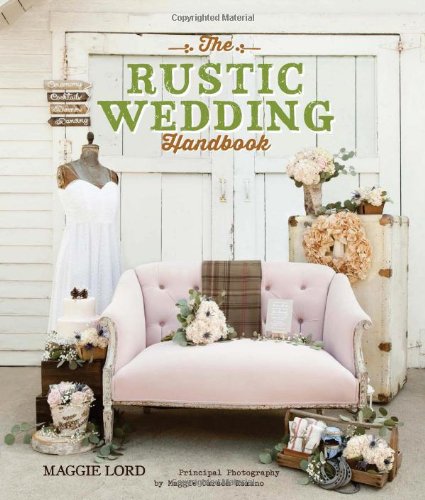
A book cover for The Rustic Wedding Handbook; Maggie Lord; Crafts, Hobbies & Home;